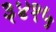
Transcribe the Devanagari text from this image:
३४१५